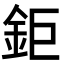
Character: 鉅